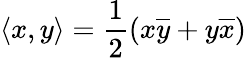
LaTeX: \langle x,y\rangle=\frac{1}{2}(x\overline{{y}}+y\overline{{x}})